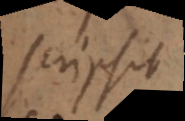
scripsit